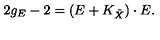
2 g _ { E } - 2 = ( E + K _ { \tilde { X } } ) \cdot E .